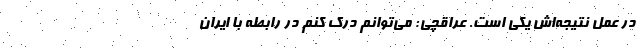
در عمل نتیجه‌اش یکی است. عراقچی: می‌توانم درک کنم در رابطه با ایران